NAE_kihelkonnakohtute_kirjad_ja_protokollid_1869-1889, lk 2
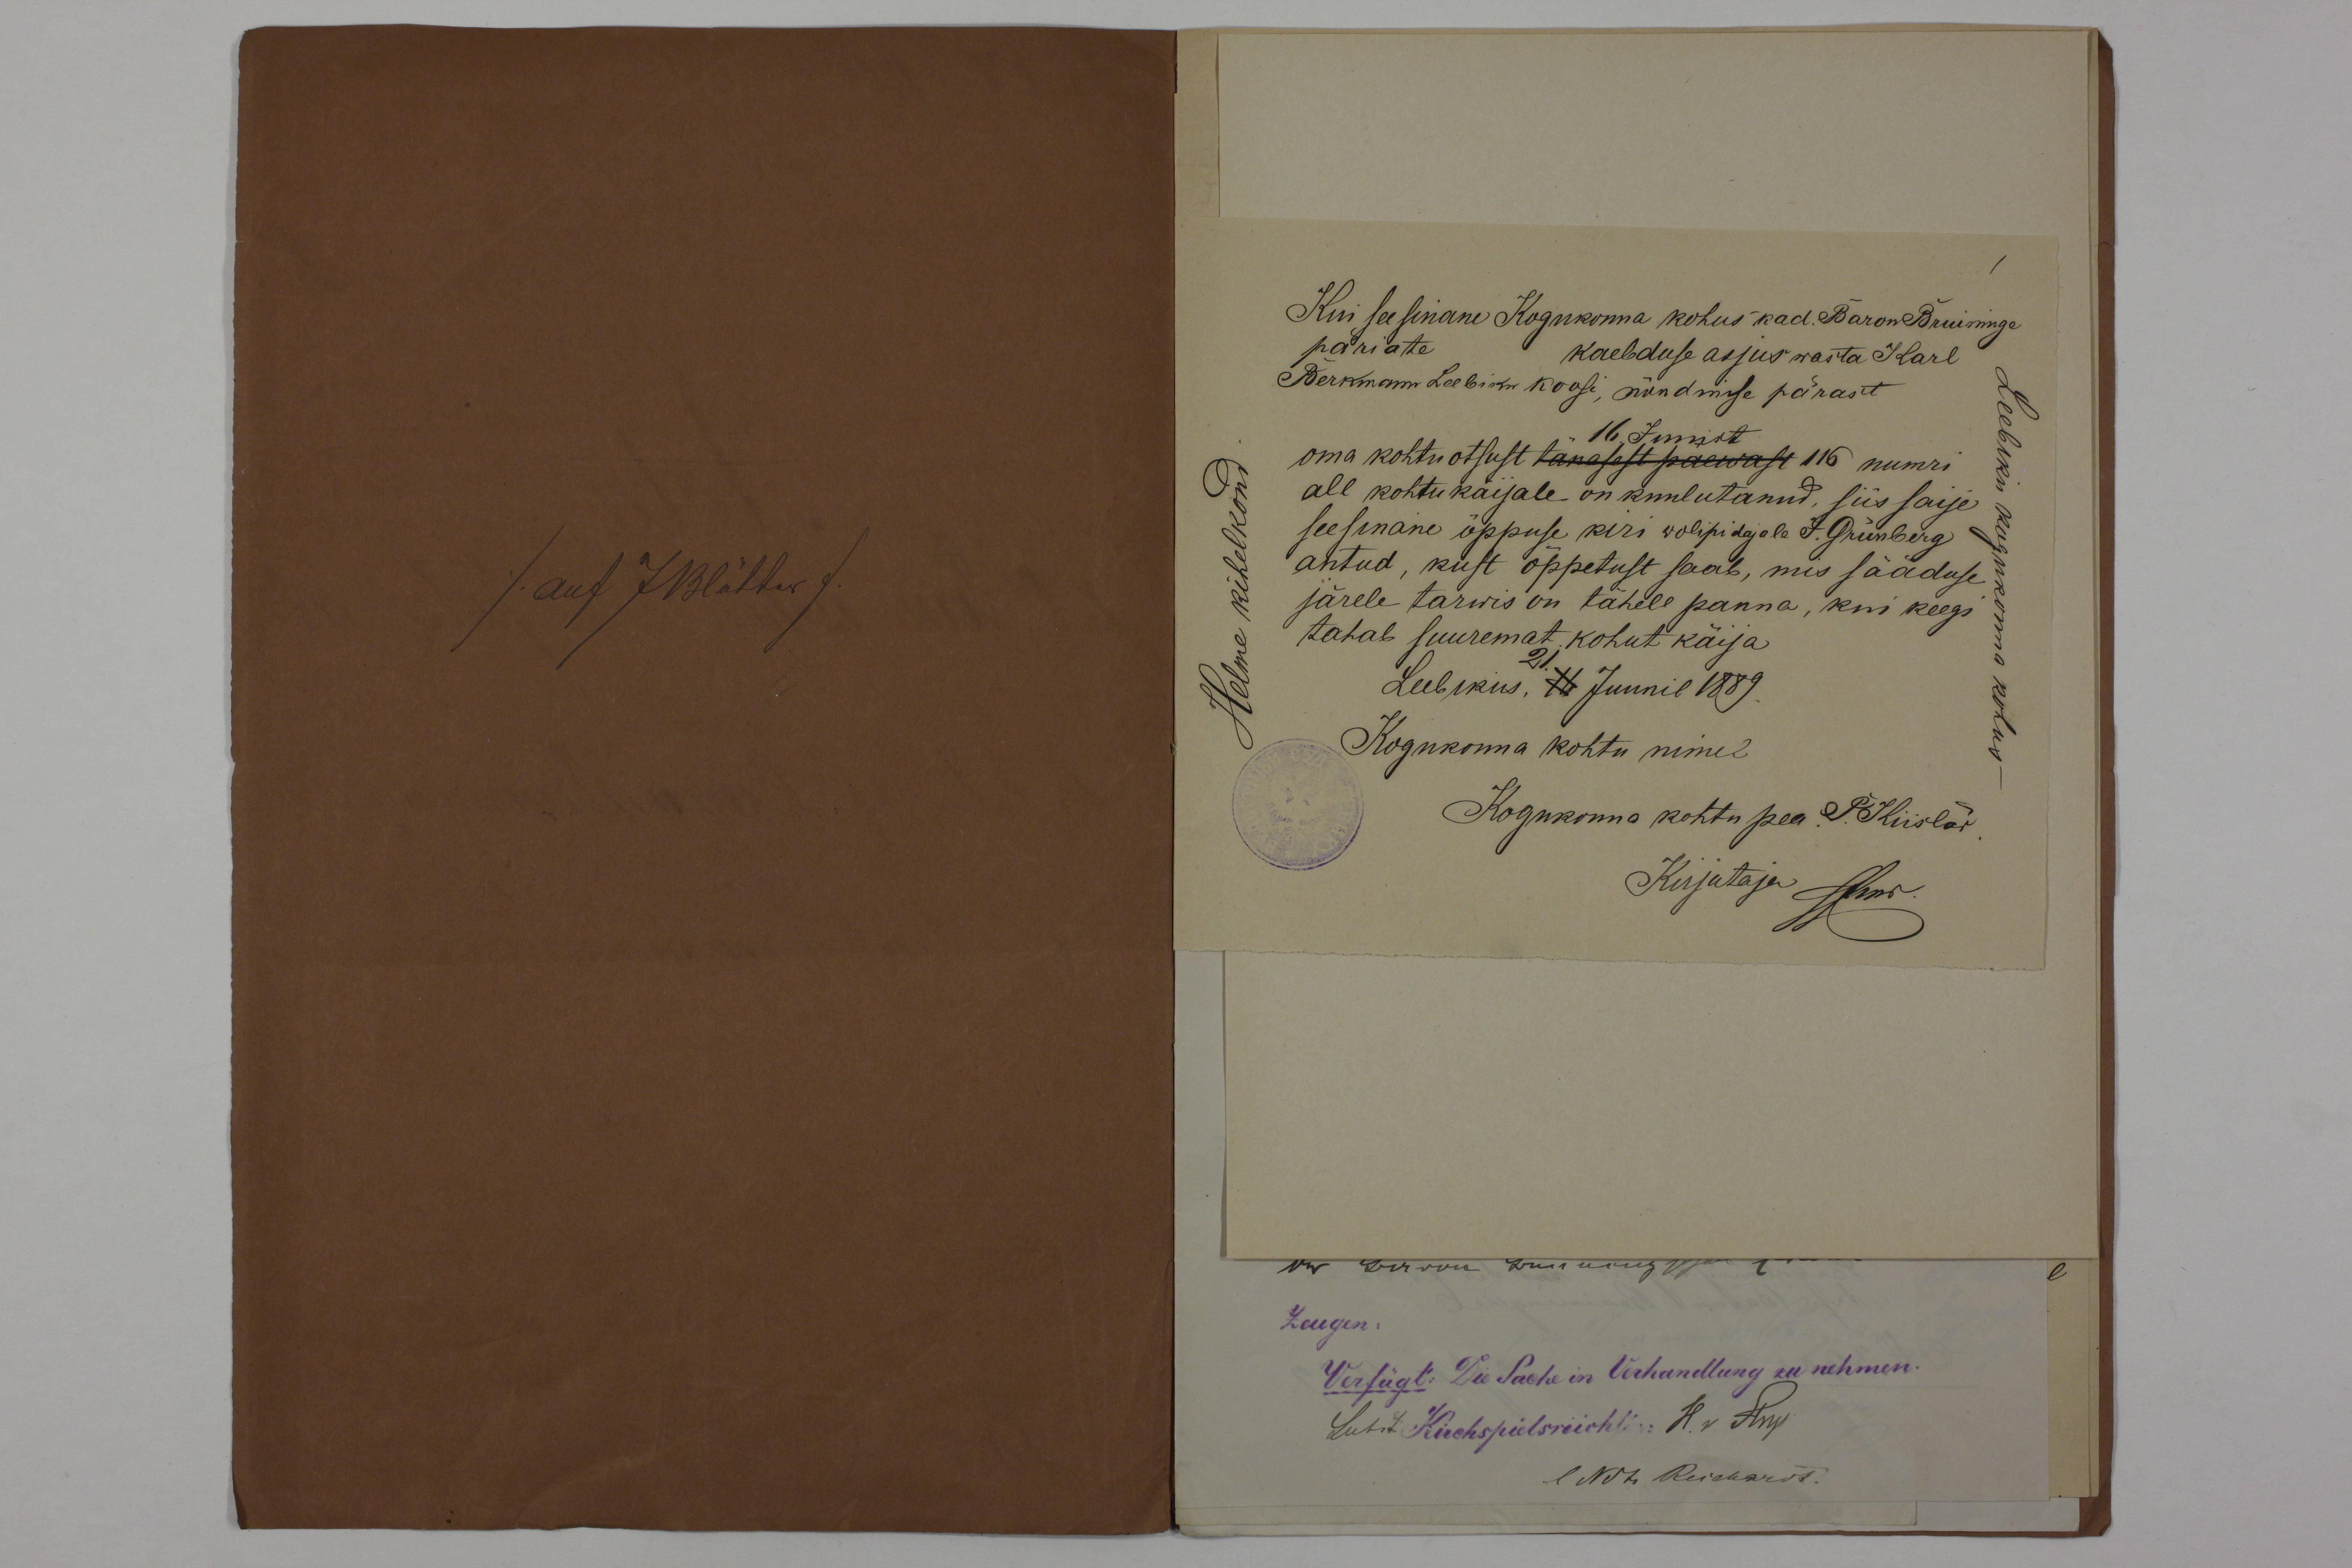
Kui se sinane Kogukonna kohus kad. Baron Bruisinge
päriate
kaebduse asjus wasta Karl
Berkmann Leebiku Koosi, nõudmise pärast
16 Junist
oma kohtuotsust tanasest paewast 116 numri
all kohtukaijale on kuulutanud, siis saije
seesinane õppuse kiri wolipidajale J. Grünberg
antud, kust õppetust saab, mis sääduse
järele tarwis on tähele panna, kui keegi
tahab suuremat kohut käija
Leebikus, 11 Juunil 1889.
Kogukonna kohtu nimel
Kogukonna kohtu pea P. Kiisler